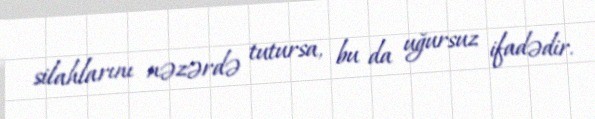
silahlarını nəzərdə tutursa, bu da uğursuz ifadədir.